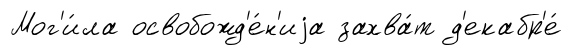
Мог'и́ла освобожд'е́н'иjа захва́т д'екабр'е́